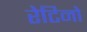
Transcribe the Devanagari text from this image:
रेटिनो